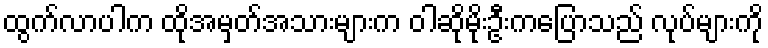
ထွက်လာပါက ထိုအမှတ်အသားများက ဝါဆိုမိုးဦးကပြောသည် လုပ်များကို